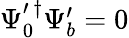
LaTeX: \begin{array}{r}{\Psi_{0}^{\prime\, \dagger}\Psi_{b}^{\prime}=0}\end{array}